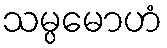
သမ္ပမောဟံ